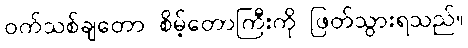
ဝက်သစ်ချတော စိမ့်တောကြီးကို ဖြတ်သွားရသည်။